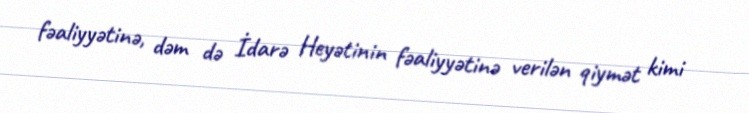
fəaliyyətinə, dəm də İdarə Heyətinin fəaliyyətinə verilən qiymət kimi